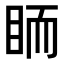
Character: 𥅡